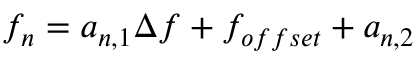
f _ { n } = a _ { n , 1 } \Delta f + f _ { o f f s e t } + a _ { n , 2 }